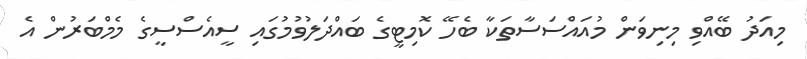
މިއަދު ބޭއްވި މިނިވަން މުއައްސަސާތަކާ ބެހޭ ކޮމިޓީގެ ބައްދަލުވުމުގައި ސީއެސްސީގެ މެމްބަރުން އެ